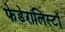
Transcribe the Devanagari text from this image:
फेडेरालिस्टों